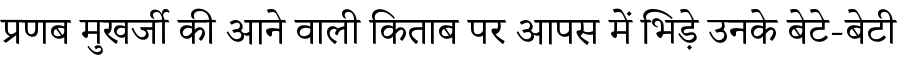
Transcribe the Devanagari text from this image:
प्रणब मुखर्जी की आने वाली किताब पर आपस में भिड़े उनके बेटे-बेटी